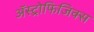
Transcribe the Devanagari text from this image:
ॲस्ट्रोफिजिक्‍स